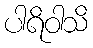
ပါရိဝါသိ